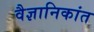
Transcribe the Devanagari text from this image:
वैज्ञानिकांत